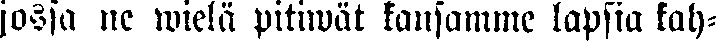
jossa ne wielä pitiwät kansamme lapsia kah-